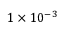
1 \times 1 0 ^ { - 3 }